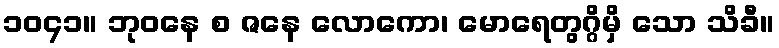
၁၀၄၁။ ဘုဝနေ စ ဇနေ လောကော၊ မောရေတွဂ္ဂိမှိ သော သိခီ။